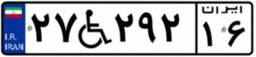
۲۸W۳۷۰۹۹